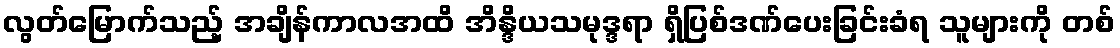
လွတ်မြောက်သည့် အချိန်ကာလအထိ အိန္ဒိယသမုဒ္ဒရာ ရှိပြစ်ဒဏ်ပေးခြင်းခံရ သူများကို တစ်